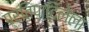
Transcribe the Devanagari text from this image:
प्रतिपादिलेला